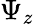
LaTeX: \Psi_{z}